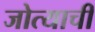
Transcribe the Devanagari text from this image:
जोत्याची